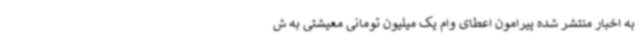
به اخبار منتشر شده پیرامون اعطای وام یک میلیون تومانی معیشتی به ش